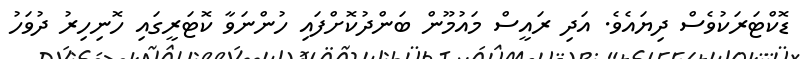
ޑޮކްޓަރަކުވެސް ދިޔައެވެ. އަދި ރައީސް މައުމޫން ބަންދުކޮށްފައި ހުންނަވާ ކޮޓަރީގައި ހޮނިހިރު ދުވަހު